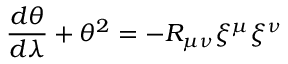
\frac { d \theta } { d \lambda } + \theta ^ { 2 } = - R _ { \mu \nu } { \xi } ^ { \mu } { \xi } ^ { \nu }